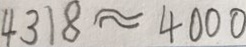
4 3 1 8 \approx 4 0 0 0